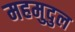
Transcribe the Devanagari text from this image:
महमुदुल